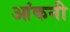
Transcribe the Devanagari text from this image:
आंकनी